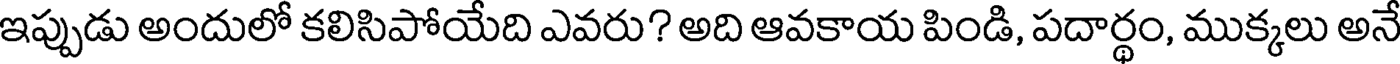
ఇప్పుడు అందులో కలిసిపోయేది ఎవరు? అది ఆవకాయ పిండి, పదార్థం, ముక్కలు అనే